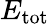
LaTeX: E_{\mathrm{tot}}